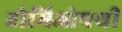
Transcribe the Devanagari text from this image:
होमिओपथी